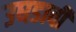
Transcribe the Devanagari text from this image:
उघडावी